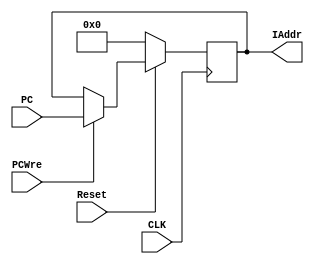
`timescale 1ns / 1ps
//////////////////////////////////////////////////////////////////////////////////
// Company: 
// Engineer: 
// 
// Design Name: 
// Module Name: pc
// Project Name: 
// Target Devices: 
// Tool Versions: 
// Description: 
// 
// Dependencies: 
// 
// Revision:
// Revision 0.01 - File Created
// Additional Comments:
// 
//////////////////////////////////////////////////////////////////////////////////


module pc(
    input CLK,
    input PCWre,
    input Reset,
    input [31:0] PC,
    output reg [31:0] IAddr
    );
    initial
        IAddr = 0;
    always @ (posedge CLK) begin
        if (Reset == 0)
            IAddr = 0;
        else begin
            if (PCWre == 1)
                IAddr = PC;
        end
    end
endmodule